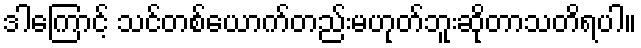
ဒါကြောင့် သင်တစ်ယောက်တည်းမဟုတ်ဘူးဆိုတာသတိရပါ။